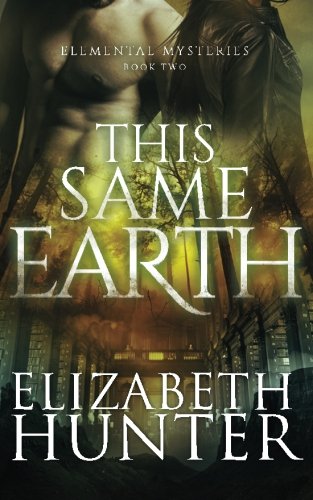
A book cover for This Same Earth: Elemental Mysteries Book Two; Elizabeth Hunter; Romance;